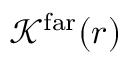
\mathcal { K } ^ { \mathrm { f a r } } ( r )